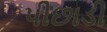
પીછાડી